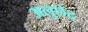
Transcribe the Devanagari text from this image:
अलुछेद